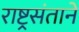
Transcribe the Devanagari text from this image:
राष्ट्रसंताने